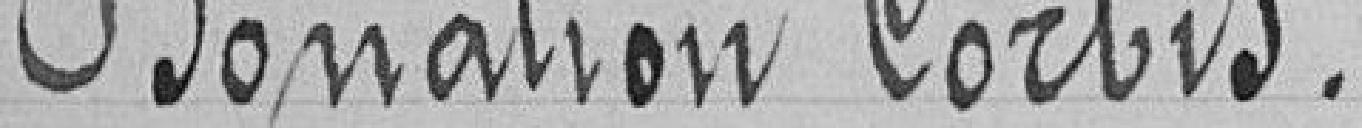
Donation Corbis.